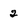
Character: 2